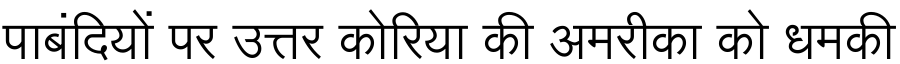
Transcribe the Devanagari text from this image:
पाबंदियों पर उत्तर कोरिया की अमरीका को धमकी